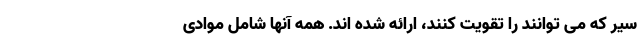
سیر که می توانند را تقویت کنند، ارائه شده اند. همه آنها شامل موادی